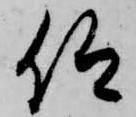
仰